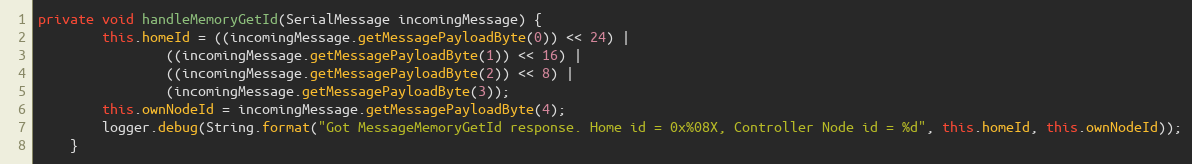
Language: Java
private void handleMemoryGetId(SerialMessage incomingMessage) {
		this.homeId = ((incomingMessage.getMessagePayloadByte(0)) << 24) |
				((incomingMessage.getMessagePayloadByte(1)) << 16) |
				((incomingMessage.getMessagePayloadByte(2)) << 8) |
				(incomingMessage.getMessagePayloadByte(3));
		this.ownNodeId = incomingMessage.getMessagePayloadByte(4);
		logger.debug(String.format("Got MessageMemoryGetId response. Home id = 0x%08X, Controller Node id = %d", this.homeId, this.ownNodeId));
	}